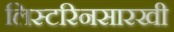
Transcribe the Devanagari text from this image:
लिस्टरिनसारखी